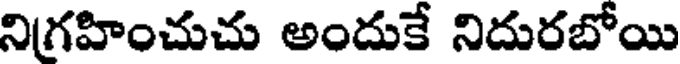
నిగ్రహించుచు అందుకే నిదురబోయి